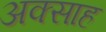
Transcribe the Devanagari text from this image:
अक्साह